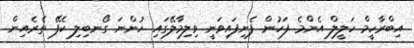
އިބްރާހީމް ހަލީލް އެންމެ ފަހުން ފެނިފައިވަނީ ވިލިމާލޭގައި ހުންނަ ގޯނބިލި ކެފޭ ތެރެއިން